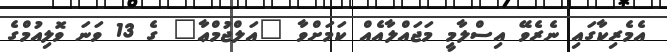
އެމެރިކާގައި ނެރެވޭ އިސްލާމީ މަޖައްލާއެއް ކަމަށްވާ "އަލްޖުމްޢާ" ގެ 13 ވަނަ ވޮލިއުމްގެ